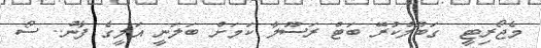
މެޖޯރިޓީ  ގަބޫލުކުރޭ ބަޓް ރަސޫލާ ކަމަށް ބަލަނީ އަލީގެ ފާނު.. ސޯ